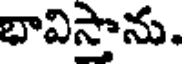
భావిస్తాను.